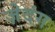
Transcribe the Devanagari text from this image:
ज़ेदंग